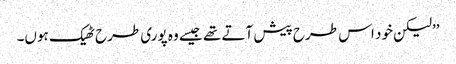
’’لیکن خود اس طرح پیش آتے تھے جیسے وہ پوری طرح ٹھیک ہوں۔